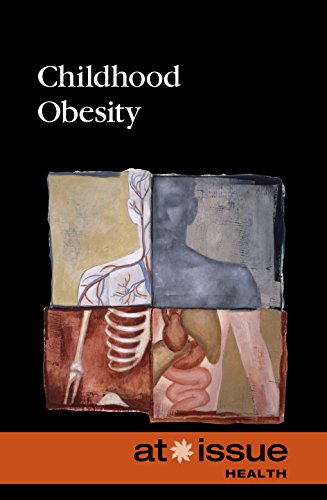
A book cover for Childhood Obesity (At Issue); Teen & Young Adult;